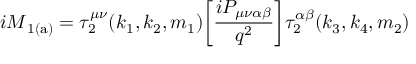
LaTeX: { i \cal M } _ { \mathrm { 1 ( a ) } } = \tau _ { 2 } ^ { \mu \nu } ( k _ { 1 } , k _ { 2 } , m _ { 1 } ) \bigg [ \frac { i { \cal P } _ { \mu \nu \alpha \beta } } { q ^ { 2 } } \bigg ] \tau _ { 2 } ^ { \alpha \beta } ( k _ { 3 } , k _ { 4 } , m _ { 2 } )